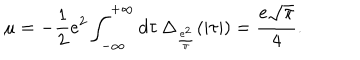
\mu = - \frac { 1 } { 2 } e ^ { 2 } \int _ { - \infty } ^ { + \infty } d \tau \, \Delta _ { \frac { e ^ { 2 } } { \pi } } ( | \tau | ) = \frac { e \sqrt { \pi } } { 4 } .